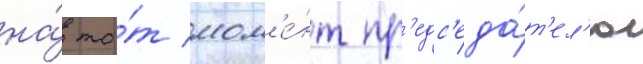
на́ то́т мом'е́нт пр'едс'еда́т'ел'ю